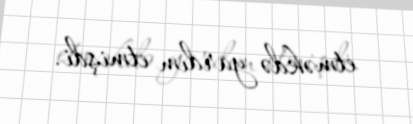
etməkdə yardım etmişdi.